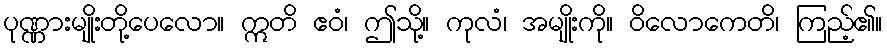
ပုဏ္ဏားမျိုးတို့ပေလော။ ဣတိ ဧဝံ၊ ဤသို့။ ကုလံ၊ အမျိုးကို။ ဝိလောကေတိ၊ ကြည့်၏။